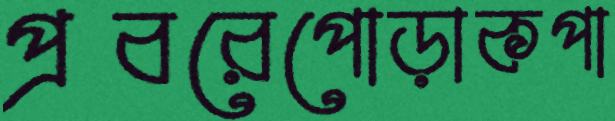
প্রবরেপোড়াকপা